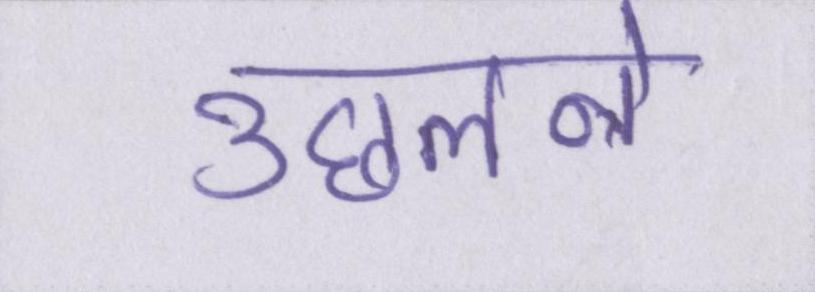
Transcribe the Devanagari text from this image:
उछलने